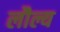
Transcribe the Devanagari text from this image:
लौल्य